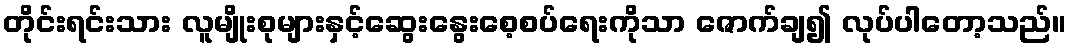
တိုင်းရင်းသား လူမျိုးစုများနှင့်ဆွေးနွေးစေ့စပ်ရေးကိုသာ ဇောက်ချ၍ လုပ်ပါတော့သည်။